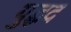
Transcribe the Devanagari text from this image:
युद्धद